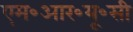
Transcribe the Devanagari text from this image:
एम॰आर॰यू॰सी